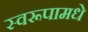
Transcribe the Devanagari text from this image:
स्वरूपामधे